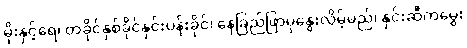
မိုးနှင့်ရေ၊ တခိုင်နှစ်ခိုင်နှင်းပန်းခိုင်၊ နေခြည်ဖြာမှနွေးလိမ့်မည်၊ နှင်းဆီကမွှေး